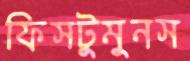
ফিসটুমুনস